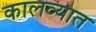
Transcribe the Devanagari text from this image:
कालव्यात